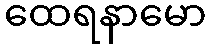
ထေရနာမော